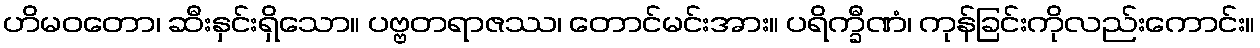
ဟိမဝတော၊ ဆီးနှင်းရှိသော။ ပဗ္ဗတရာဇဿ၊ တောင်မင်းအား။ ပရိက္ခီဏံ၊ ကုန်ခြင်းကိုလည်းကောင်း။